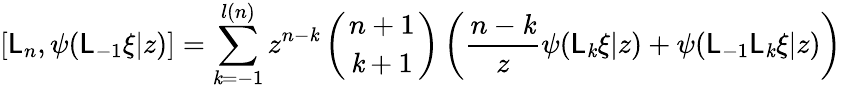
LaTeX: {[}\mathsf{L}_{n},\psi(\mathsf{L}_{-1}\xi|z){]}=\sum_{\mathit{k}=-1}^{l(n)}z^{n-\mathit{k}}\left({n+1\atop\mathit{k}+1}\right)\left(\frac{{n-\mathit{k}}}{{z}}\psi(\mathsf{L}_{\mathit{k}}\xi|z)+\psi(\mathsf{L}_{-1}\mathsf{L}_{\mathit{k}}\xi|z)\right)